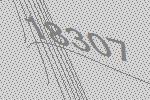
18307